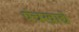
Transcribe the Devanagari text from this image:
पंचखाद्ये